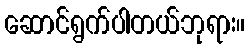
ဆောင်ရွက်ပါတယ်ဘုရား။